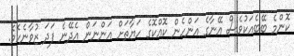
ކޮންމެ ބޭބެއަކުވެސް އޭނާގެ އަންހެން ކޮއްކޮގެ ހަޔާތަށް އަންނަން އެދޭނެ ފަދަ ޒުވާނެކެވެ.